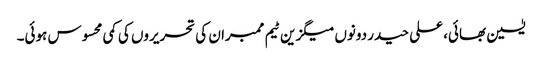
یٰسین بھائی، علی حیدر دونوں میگزین ٹیم ممبران کی تحریروں کی کمی محسوس ہوئی۔